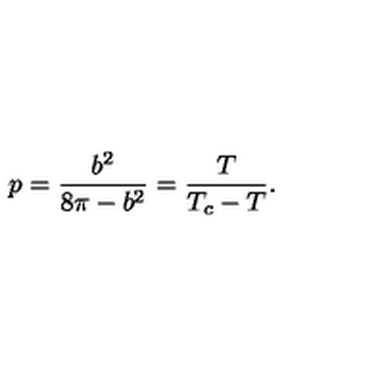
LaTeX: p = \frac { b ^ { 2 } } { 8 \pi - b ^ { 2 } } = \frac { T } { T _ { c } - T } .